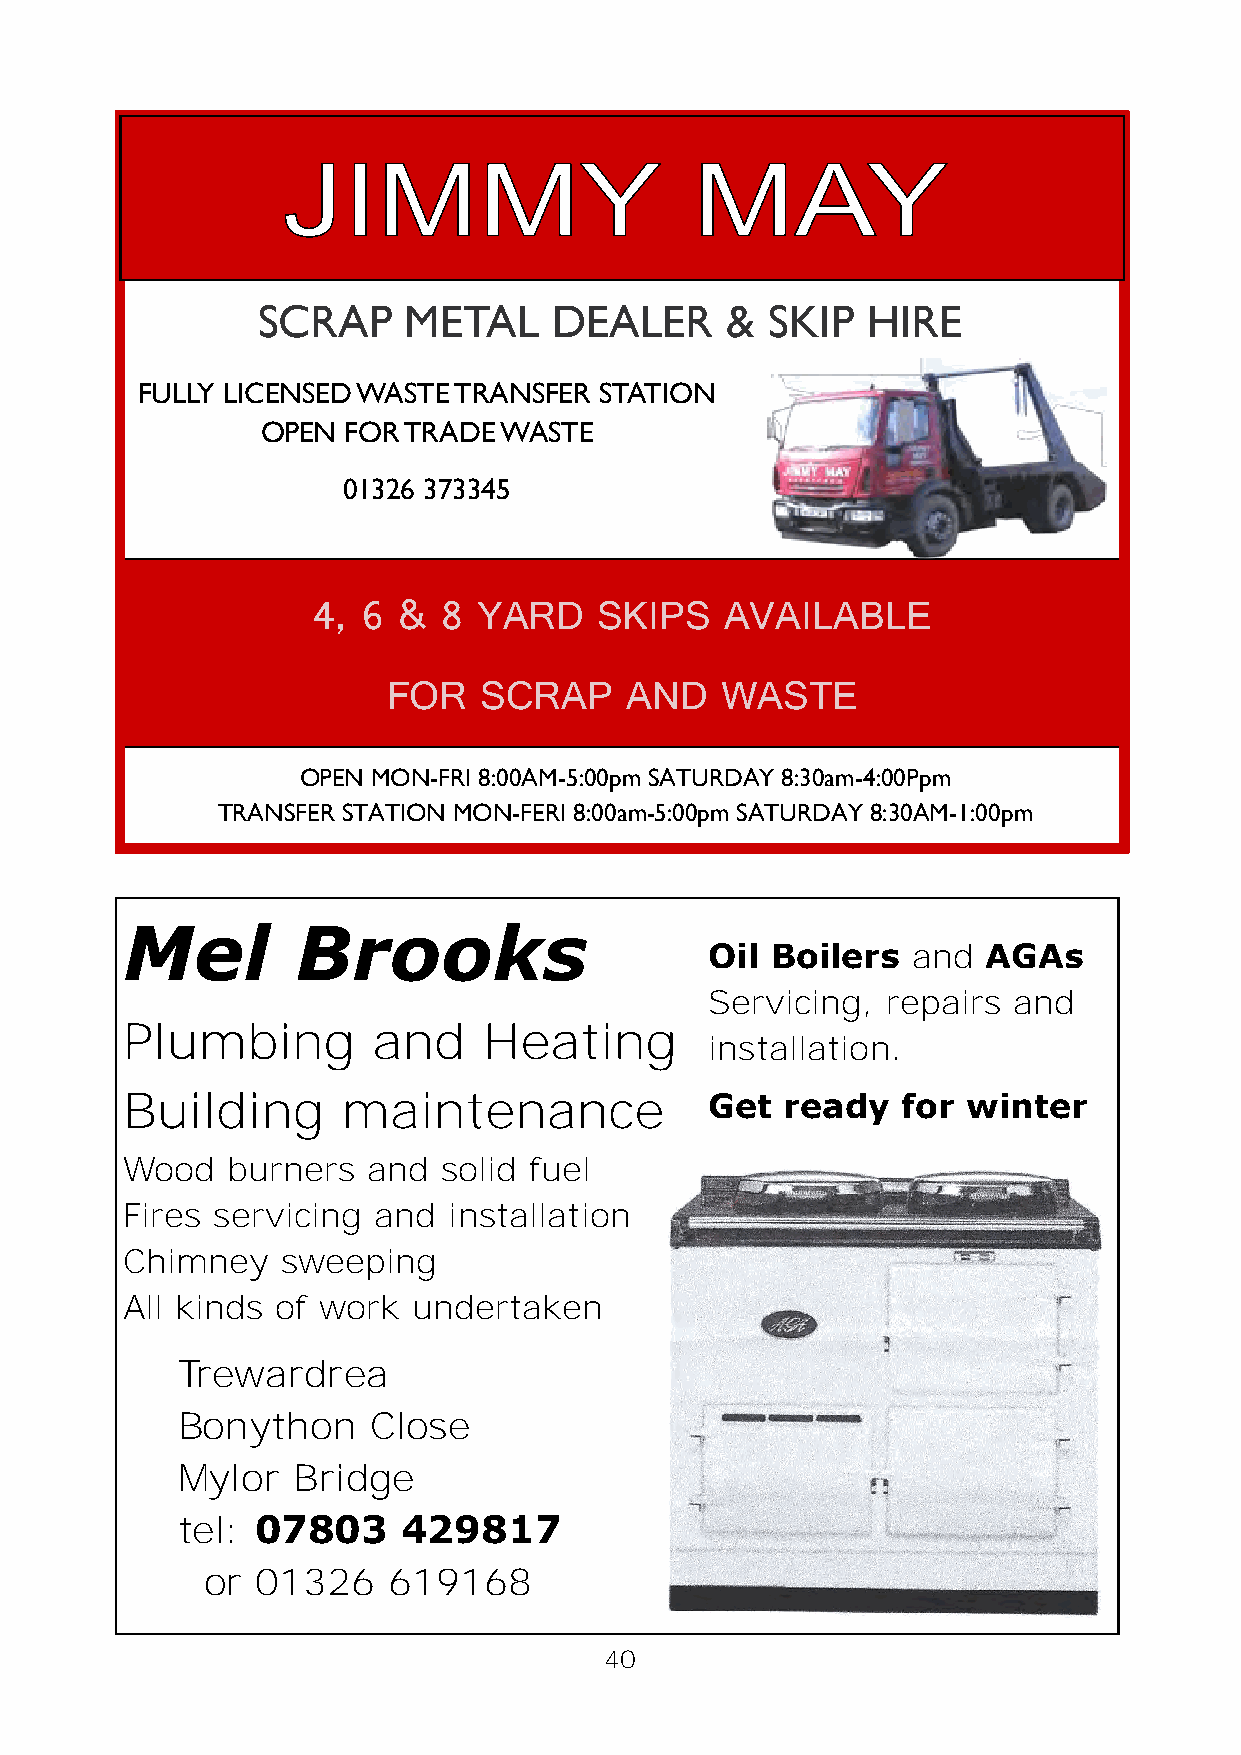
SCRAP     METAL     DEALER     &  SKIP  HIRE
 FULLY LICENSED WASTE TRANSFER  STATION
 OPEN  FOR TRADE WASTE
 01326 373345
 4, 6 &  8  YARD    SKIPS   AVAILABLE
 FOR   SCRAP    AND    WASTE
 OPEN MON-FRI 8:00AM-5:00pm SATURDAY 8:30am-4:00Ppm
 TRANSFER STATION MON-FERI 8:00am-5:00pm SATURDAY 8:30AM-1:00pm
 Mel         Brooks
 Oil Boilers  and  AGAs
 Servicing,  repairs and
 Plumbing         and    Heating
 installation.
 Building       maintenance             Get  ready   for winter
 Wood   burners  and  solid fuel
 Fires servicing  and  installation
 Chimney    sweeping
 All kinds of work  undertaken
 Trewardrea
 Bonython    Close
 Mylor  Bridge
 tel: 07803     429817
 or 01326    619168
 40